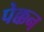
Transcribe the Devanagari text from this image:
पेक्कन